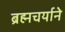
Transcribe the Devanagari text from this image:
ब्रह्मचर्याने